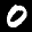
Label: 0